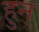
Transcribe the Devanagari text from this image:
हुन्